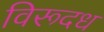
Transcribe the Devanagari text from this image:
विरूदध